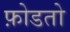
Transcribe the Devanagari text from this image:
फ़ोडतो